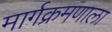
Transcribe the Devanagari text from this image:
मार्गक्रमणाला